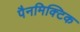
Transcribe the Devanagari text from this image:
पैनमिक्टिक